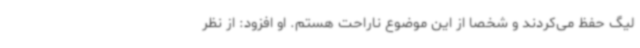
لیگ حفظ می‌کردند و شخصا از این موضوع ناراحت هستم. او افزود: از نظر